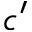
c ^ { \prime }